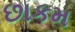
છાકમ